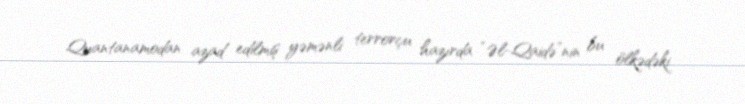
Quantanamodan azad edilmiş yəmənli terrorçu hazırda “Əl-Qaidə”nin bu ölkədəki